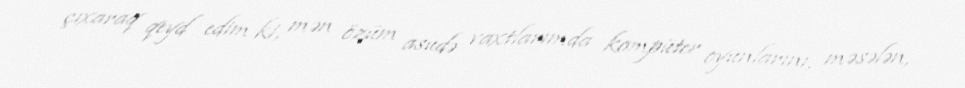
çıxaraq qeyd edim ki, mən özüm asudə vaxtlarımda kompüter oyunlarını, məsələn,